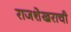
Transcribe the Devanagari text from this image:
राजशेखराची